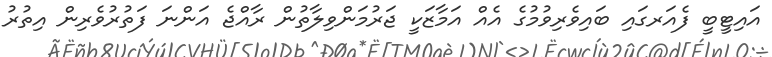
އައިޓީބީ ފެއަރގައި ބައިވެރިވުމުގެ އެއް އަމާޒަކީ ޖަރުމަންވިލާތުން ރާއްޖެ އަންނަ ފަތުރުވެރިން އިތުރު